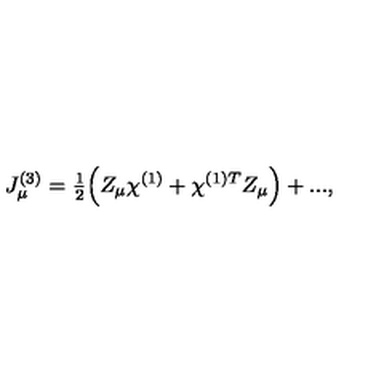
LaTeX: J _ { \mu } ^ { ( 3 ) } = { \textstyle \frac 1 2 } \Bigl ( Z _ { \mu } \chi ^ { ( 1 ) } + \chi ^ { ( 1 ) T } Z _ { \mu } \Bigr ) + . . . ,